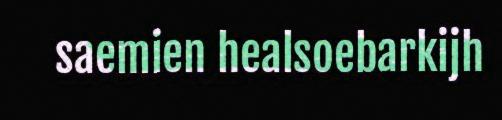
saemien healsoebarkijh